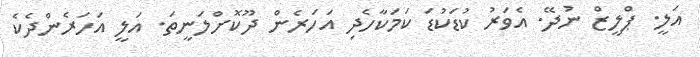
އަލީ. ޕްލީޒް ނުދޭ. އެވަރު ކުޑަކުޑަ ކަމަކާހެދި އަހަރެން ދޫކޮށްލަނީތަ. އަލީ އަހަރެންދެކެ